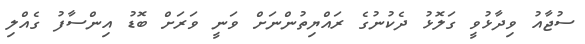
ސުޖާއު ވިދާޅުވީ ގަލޮޅު ދެކުނުގެ ރައްޔިތުންނަށް ވަނީ ވަރަށް ބޮޑު އިންސާފު ގެއްލި